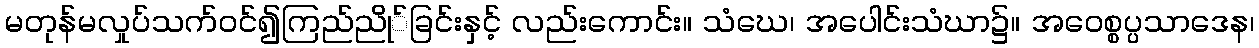
မတုန်မလှုပ်သက်ဝင်၍ကြည်ညို်ခြင်းနှင့် လည်းကောင်း။ သံဃေ၊ အပေါင်းသံဃာ၌။ အဝေစ္စပ္ပသာဒေန၊